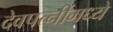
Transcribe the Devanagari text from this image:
देवपत्‍नींमध्ये